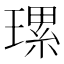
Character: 𤨴